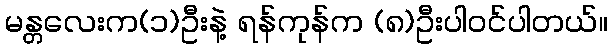
မန္တလေးက(၁)ဦးနဲ့ ရန်ကုန်က (၈)ဦးပါဝင်ပါတယ်။